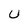
Character: U